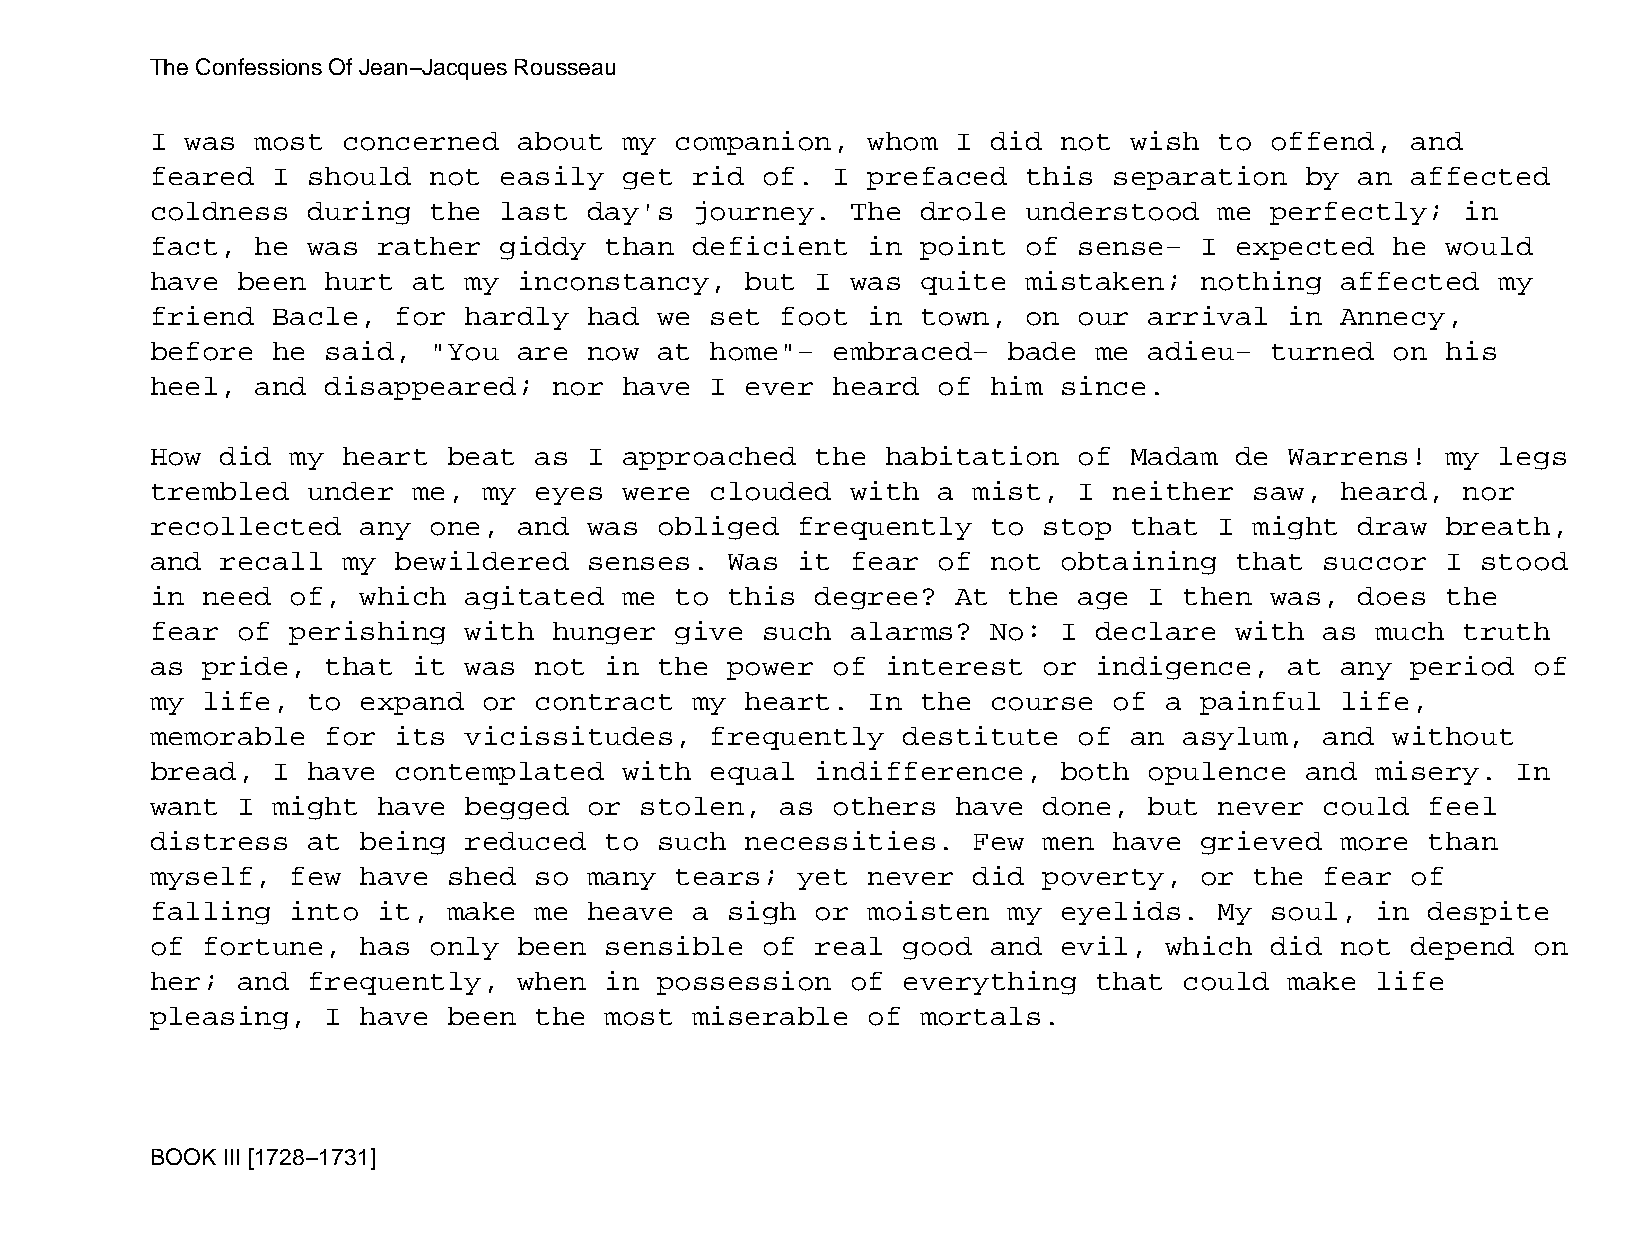
The Confessions Of Jean−Jacques Rousseau
 I was  most  concerned  about  my  companion,  whom  I  did not  wish  to offend,  and
 feared  I should  not  easily  get  rid of.  I prefaced   this  separation  by  an affected
 coldness  during  the  last  day's  journey.  The  drole  understood   me perfectly;   in
 fact,  he was  rather  giddy  than  deficient  in  point  of sense−  I  expected  he  would
 have  been  hurt at  my inconstancy,   but  I was  quite  mistaken;  nothing   affected  my
 friend  Bacle,  for  hardly  had  we set  foot in  town,  on our  arrival  in  Annecy,
 before  he  said, "You  are  now  at home"−  embraced−   bade me  adieu−  turned  on  his
 heel,  and  disappeared;   nor have  I ever  heard  of  him since.
 How  did my  heart  beat as  I approached   the  habitation  of  Madam  de Warrens!   my legs
 trembled  under  me,  my eyes  were  clouded  with  a mist,  I  neither  saw,  heard,  nor
 recollected   any one,  and  was  obliged  frequently   to stop  that  I might  draw  breath,
 and  recall  my bewildered   senses.  Was  it fear  of  not obtaining   that  succor  I stood
 in need  of,  which  agitated  me  to this  degree?  At  the age  I then  was,  does  the
 fear  of perishing   with  hunger  give such  alarms?   No: I declare   with  as much  truth
 as pride,   that it  was not  in  the power  of  interest  or indigence,   at  any period  of
 my life,  to  expand  or contract   my heart.  In  the  course  of a painful   life,
 memorable   for its  vicissitudes,   frequently   destitute  of  an asylum,   and without
 bread,  I have  contemplated   with  equal  indifference,   both  opulence  and  misery.  In
 want  I might  have  begged  or stolen,   as others  have  done,  but  never  could  feel
 distress  at  being  reduced  to  such necessities.   Few  men  have grieved   more  than
 myself,  few  have  shed so  many  tears;  yet never  did  poverty,  or  the  fear of
 falling  into  it,  make me  heave  a sigh  or moisten   my eyelids.   My soul,  in  despite
 of fortune,   has only  been  sensible  of  real  good  and evil,  which  did  not depend  on
 her;  and frequently,   when  in  possession  of  everything  that  could  make  life
 pleasing,   I have  been the  most  miserable  of  mortals.
 BOOK III [1728−1731]